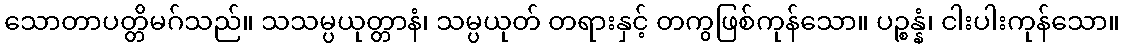
သောတာပတ္တိမဂ်သည်။ သသမ္ပယုတ္တာနံ၊ သမ္ပယုတ် တရားနှင့် တကွဖြစ်ကုန်သော။ ပဉ္စန္နံ၊ ငါးပါးကုန်သော။